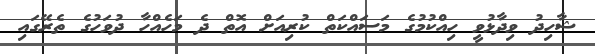
ޝާހިދު ވިދާޅުވީ ހިއްކުމުގެ މަސައްކަތް ކުރިއަށް އޮތް ދެ މަހެއްހާ ދުވަހުގެ ތެރޭގައި